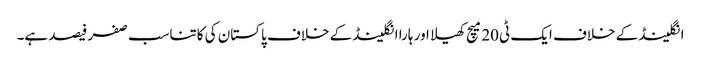
انگلینڈ کے خلاف ایک ٹی20میچ کھیلا اور ہارا انگلینڈ کے خلاف پاکستان کی کاتناسب صفر فیصد ہے۔